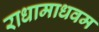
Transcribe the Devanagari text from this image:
राधामाधवम